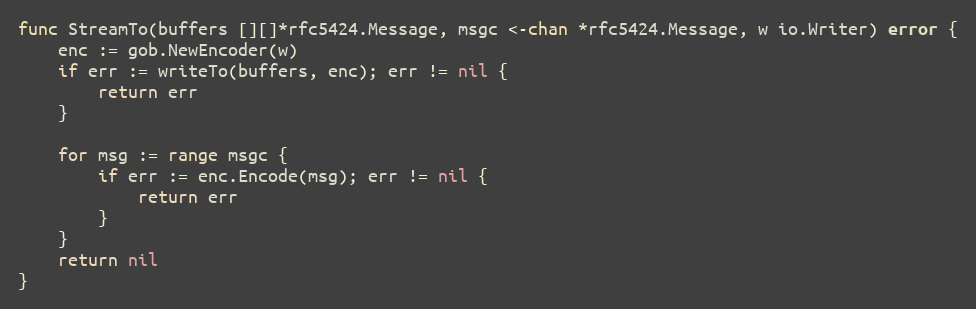
Language: Go
func StreamTo(buffers [][]*rfc5424.Message, msgc <-chan *rfc5424.Message, w io.Writer) error {
	enc := gob.NewEncoder(w)
	if err := writeTo(buffers, enc); err != nil {
		return err
	}

	for msg := range msgc {
		if err := enc.Encode(msg); err != nil {
			return err
		}
	}
	return nil
}